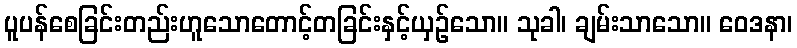
ပူပန်စေခြင်းတည်းဟူသောတောင့်တခြင်းနှင့်ယှဉ်သော။ သုခါ၊ ချမ်းသာသော။ ဝေဒနာ၊